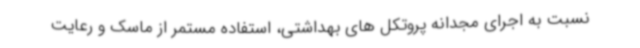
نسبت به اجرای مجدانه پروتکل های بهداشتی، استفاده مستمر از ماسک و رعایت